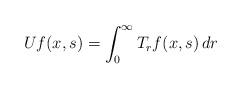
LaTeX: \begin{align*} Uf(x,s)= \int_0^\infty T_r f(x,s)\,dr\end{align*}